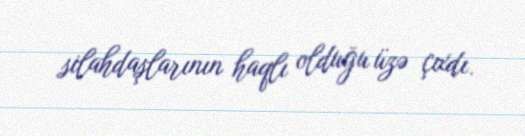
silahdaşlarının haqlı olduğu üzə çıxdı.